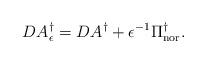
LaTeX: \begin{align*}DA_{\epsilon}^\dagger=DA^\dagger+\epsilon^{-1}\Pi^\dagger_{\rm nor}. \end{align*}